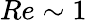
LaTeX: Re\sim 1